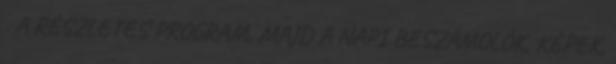
. A RÉSZLETES PROGRAM, MAJD A NAPI BESZÁMOLÓK, KÉPEK,